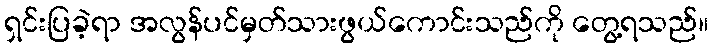
ရှင်းပြခဲ့ရာ အလွန်ပင်မှတ်သားဖွယ်ကောင်းသည်ကို တွေ့ရသည်။